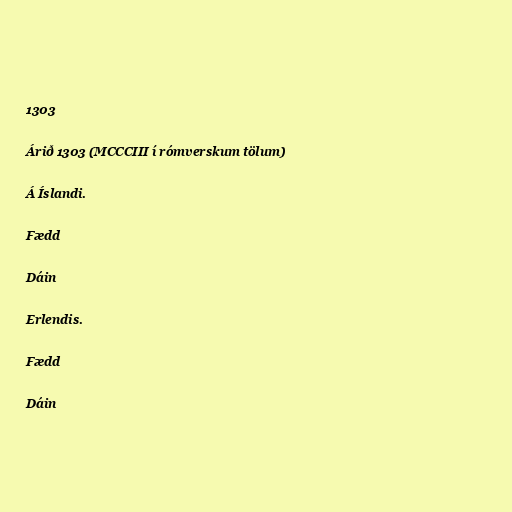
1303

Árið 1303 (MCCCIII í rómverskum tölum)

Á Íslandi.

Fædd

Dáin

Erlendis.

Fædd

Dáin